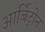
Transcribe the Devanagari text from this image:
आर्बिट्रोन